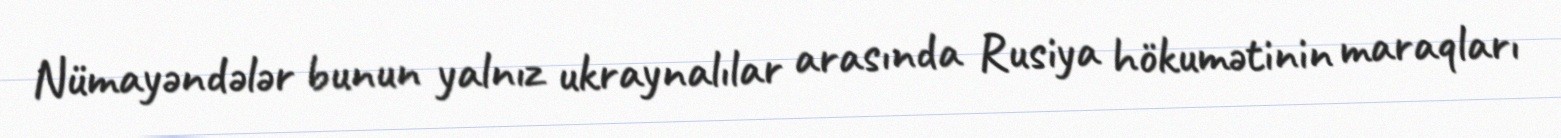
Nümayəndələr bunun yalnız ukraynalılar arasında Rusiya hökumətinin maraqları